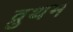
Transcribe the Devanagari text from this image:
व्रुथम